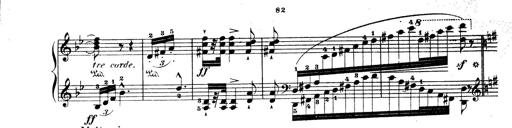
Title: Wagner-Liszt Album
Composer: Franz Liszt